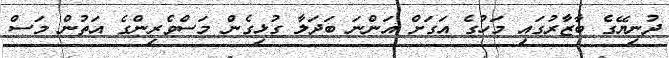
ދުނިޔޭގެ ބާޒާރުގައި މަހުގެ އަގަށް އަންނަ ބަދަލާ ގުޅިގެން މަސްވެރިންގެ އަތުން މަސް